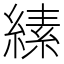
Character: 縤